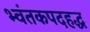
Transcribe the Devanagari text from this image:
भ्वंतकपदहद्ध